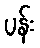
ပန်း